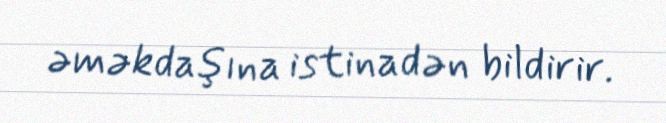
əməkdaşına istinadən bildirir.